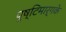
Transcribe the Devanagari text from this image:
पुष्टिमार्गके